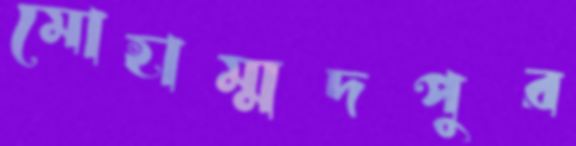
মোহাম্মদপুর